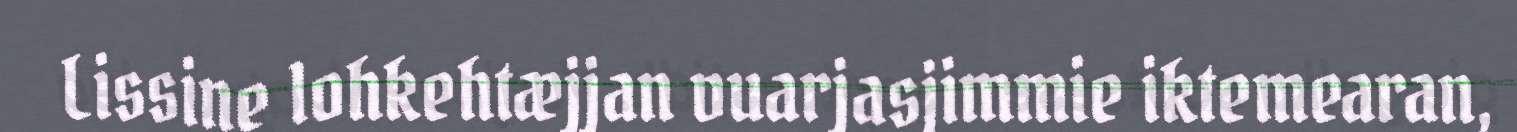
Lissine lohkehtæjjan vuarjasjimmie iktemearan,